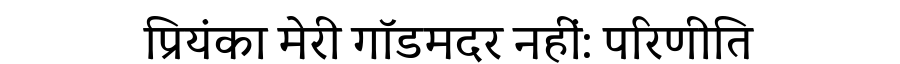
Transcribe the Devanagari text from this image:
प्रियंका मेरी गॉडमदर नहीं: परिणीति